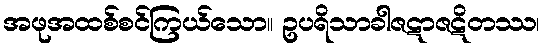
အဖုအထစ်စင်ကြယ်သော။ ဥပရိသာခါဇဋာဇဋိတဿ၊